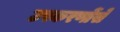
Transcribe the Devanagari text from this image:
उपकरणोंसे